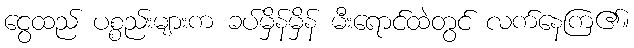
ငွေထည် ပစ္စည်းများက ခပ်မှိန်မှိန် မီးရောင်ထဲတွင် လက်နေကြ၏။